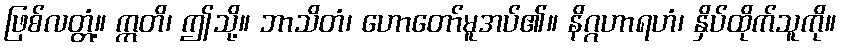
ဖြစ်လတ္တံ့။ ဣတိ၊ ဤသို့။ ဘာသိတံ၊ ဟောတော်မူအပ်၏။ နိဂ္ဂဟာရဟံ၊ နှိပ်ထိုက်သူကို။